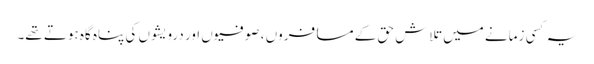
یہ کسی زمانے میں تلاش حق کے مسافروں ، صوفیوں اور درویشوں کی پناہ گاہ ہوتے تھے۔